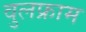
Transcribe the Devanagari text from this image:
वुलफ्राम